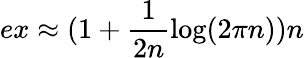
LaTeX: ex\approx(1+\frac{1}{2n}\log(2\pi n))n